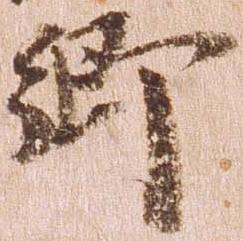
郷